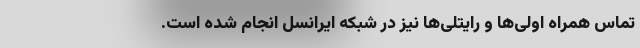
تماس همراه اولی‌ها و رایتلی‌ها نیز در شبکه ایرانسل انجام شده است.